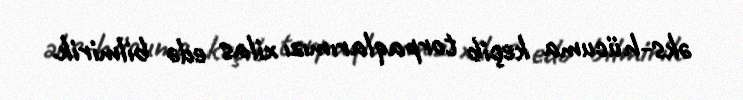
əks-hücuma keçib torpaqlarımızı xilas edə bilmirik.